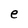
Character: e